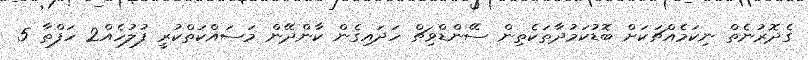
ގެދޮރުނެތް ނިކަމެއްޗަކަށް ބޮޑުކަމުދާތަކެތިން ސޭންޑްވިޗް ހަދައިގެން ކާންދޭން މަސައްކަތްކުރީ ފުލުހެއް2 ހަފްތާ 5